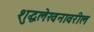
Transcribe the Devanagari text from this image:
शुद्धलेखनावरील